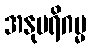
အနုပရိဂမ္မ